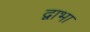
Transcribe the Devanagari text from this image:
द्वाभा